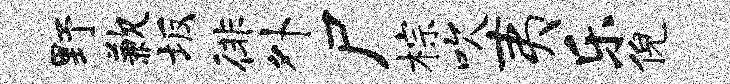
野歉坂徘外尸棕吹夷乐倪